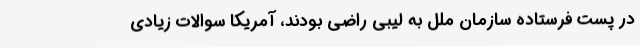
در پست فرستاده سازمان ملل به لیبی راضی بودند، آمریکا سوالات زیادی